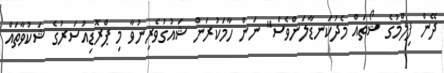
ދޭން ފިލްމުގެ ޝޯތައް މެދުކަނޑާލަންވެސް" ނަން ހާމަކުރަން ޝައުގުވެރިނުވާ މި ޕްރޮޑިއުސަރުގެ ޝަކުވާތައް